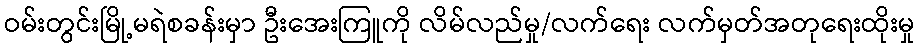
ဝမ်းတွင်းမြို့မရဲစခန်းမှာ ဦးအေးကြူကို လိမ်လည်မှု/လက်ရေး လက်မှတ်အတုရေးထိုးမှု